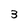
Character: 3